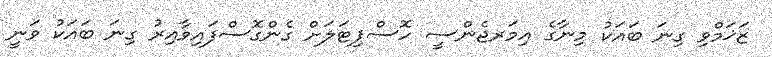
ޒަޚަމްވި ގިނަ ބައަކު މިނާގެ އިމަރޖެންސީ ހޮސްޕިޓަލަށް ގެންގޮސްފައިވާއިރު ގިނަ ބައަކު ވަނީ